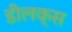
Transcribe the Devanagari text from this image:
डीलक्‍स